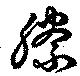
縢